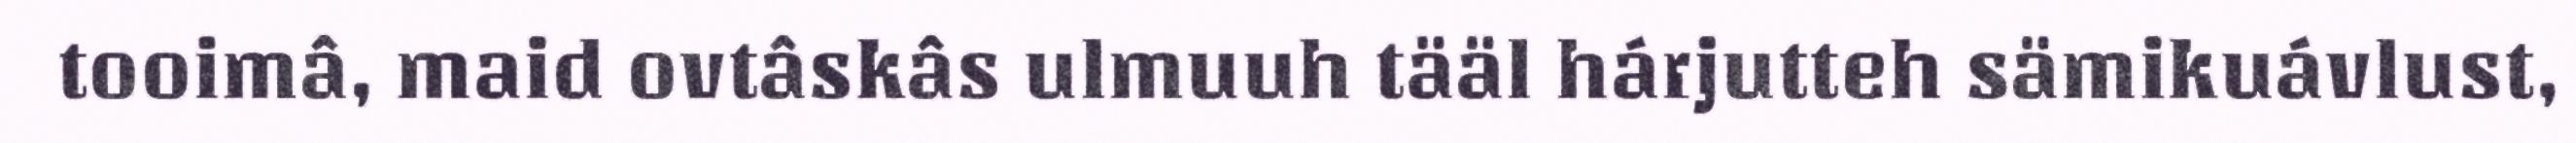
tooimâ, maid ovtâskâs ulmuuh tääl hárjutteh sämikuávlust,